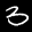
Label: 3